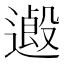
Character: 𨖏